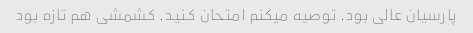
پارسیان عالی بود. توصیه میکنم امتحان کنید. کشمشی هم تازه بود